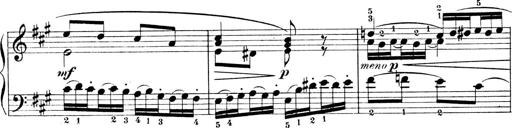
Title: 4 Sonatines
Composer: Max Reger